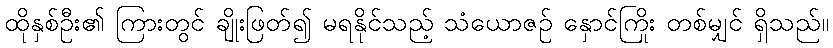
ထိုနှစ်ဦး၏ ကြားတွင် ချိုးဖြတ်၍ မရနိုင်သည့် သံယောဇဉ် နှောင်ကြိုး တစ်မျှင် ရှိသည်။